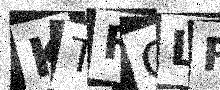
Text: KTFOLF